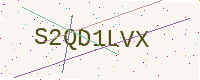
Text: S2QD1LVX